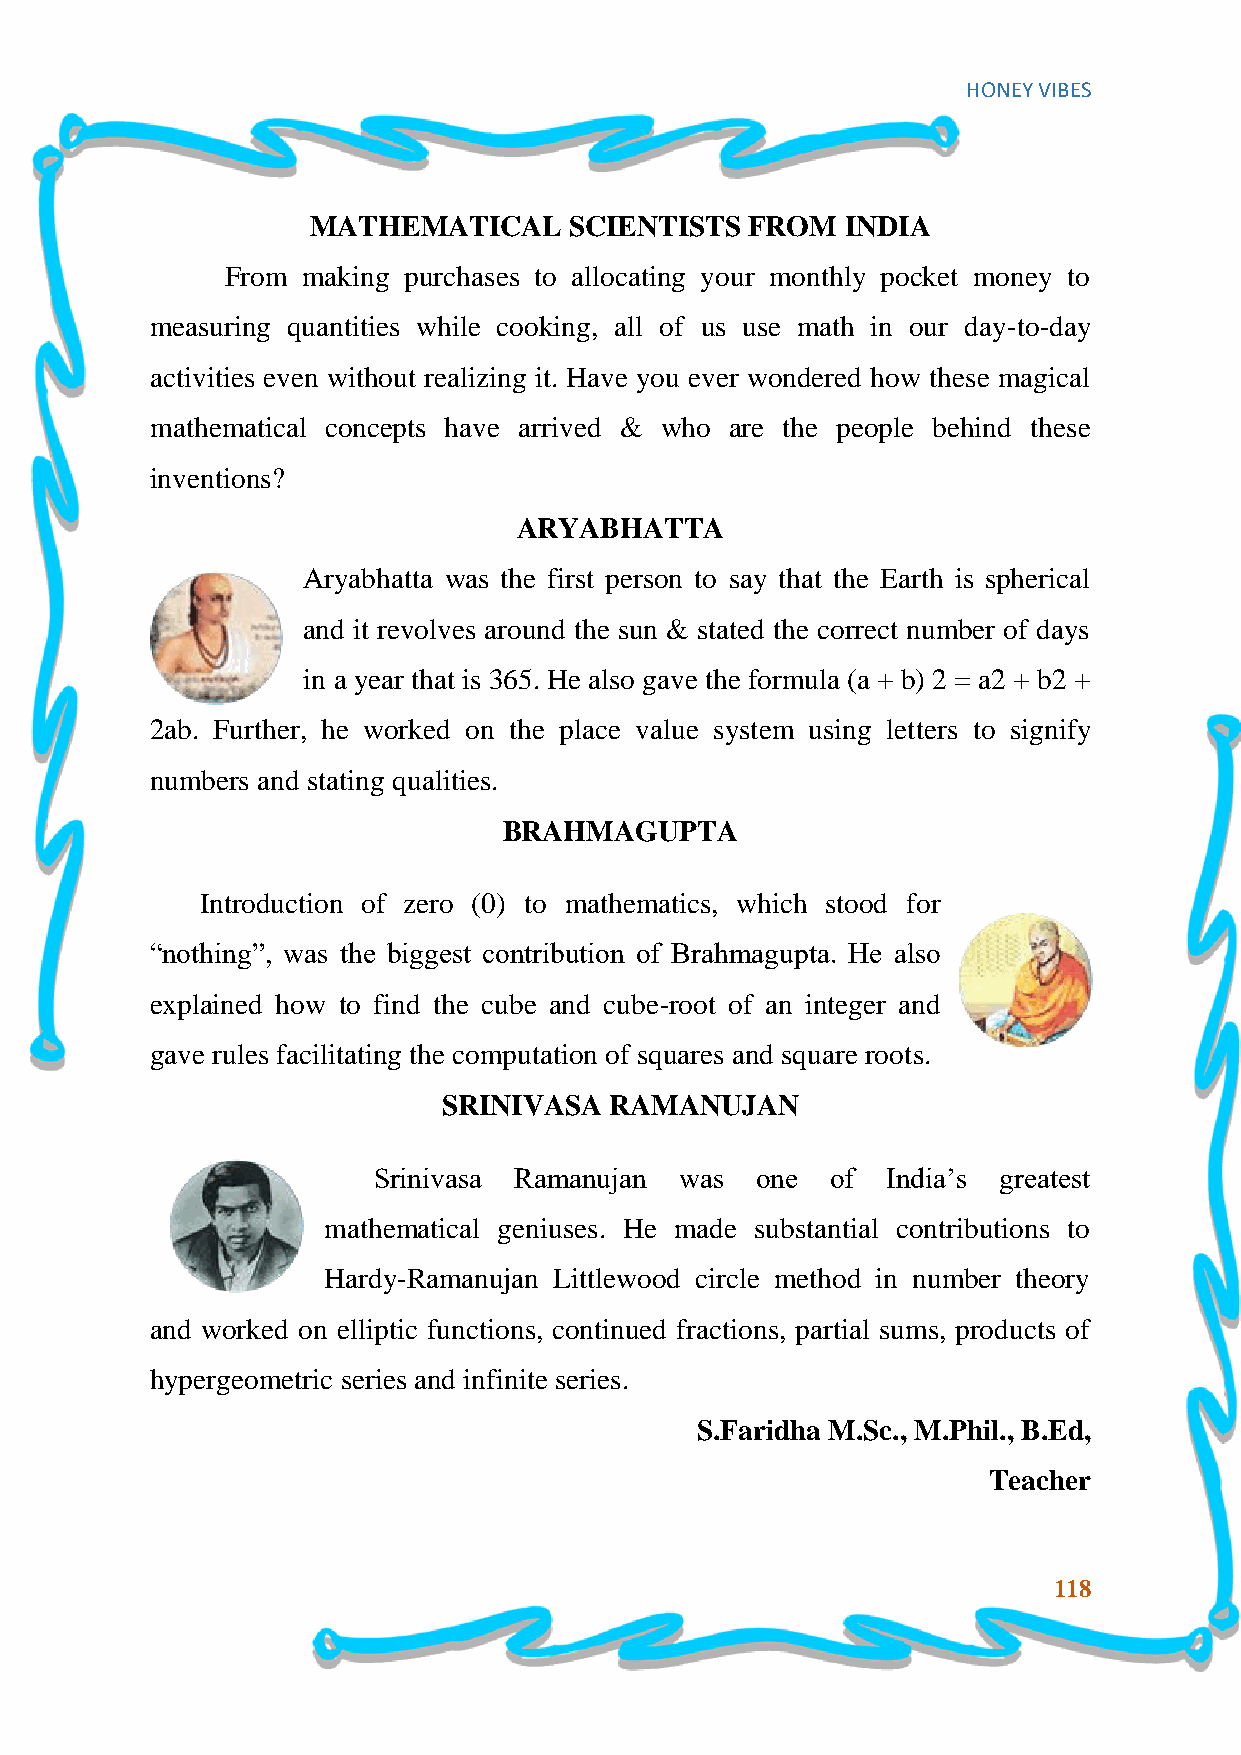
HONEY VIBES
 MATHEMATICAL     SCIENTISTS  FROM  INDIA
 From making purchases to allocating your monthly pocket money to
 measuring quantities while cooking, all of us use math in our day-to-day
 activities even without realizing it. Have you ever wondered how these magical
 mathematical concepts have arrived & who are the people behind these
 inventions?
 ARYABHATTA
 Aryabhatta was the first person to say that the Earth is spherical
 and it revolves around the sun & stated the correct number of days
 in a year that is 365. He also gave the formula (a + b) 2 = a2 + b2 +
 2ab. Further, he worked on the place value system using letters to signify
 numbers and stating qualities.
 BRAHMAGUPTA
 Introduction of zero (0) to mathematics, which stood for
 “nothing”, was the biggest contribution of Brahmagupta. He also
 explained how to find the cube and cube-root of an integer and
 gave rules facilitating the computation of squares and square roots.
 SRINIVASA  RAMANUJAN
 Srinivasa Ramanujan was  one  of  India‟s greatest
 mathematical geniuses. He made substantial contributions to
 Hardy-Ramanujan Littlewood circle method in number theory
 and worked on elliptic functions, continued fractions, partial sums, products of
 hypergeometric series and infinite series.
 S.Faridha M.Sc., M.Phil., B.Ed,
 Teacher
 118